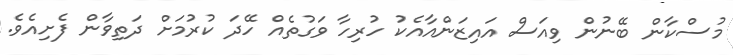
މުސްކާން ބޭނުން ވިއަސް އައިޒަންއާއެކު ހުރިހާ ވަގުތެއް ހޭދަ ކުރުމަށް ދަތިވާން ފެށިއެވެ.